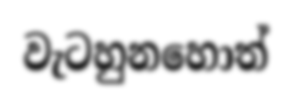
වැටහුනහොත්